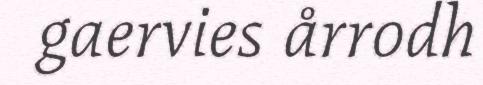
gaervies årrodh